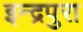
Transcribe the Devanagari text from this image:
इन्द्रपुरा